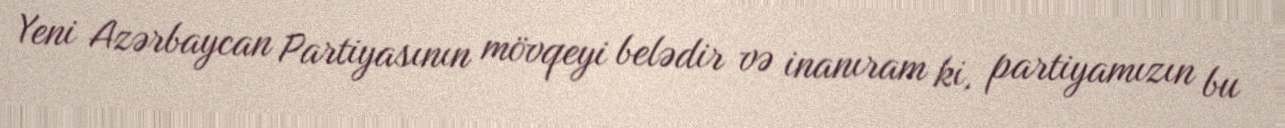
Yeni Azərbaycan Partiyasının mövqeyi belədir və inanıram ki, partiyamızın bu